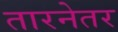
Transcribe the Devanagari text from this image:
तारनेतर